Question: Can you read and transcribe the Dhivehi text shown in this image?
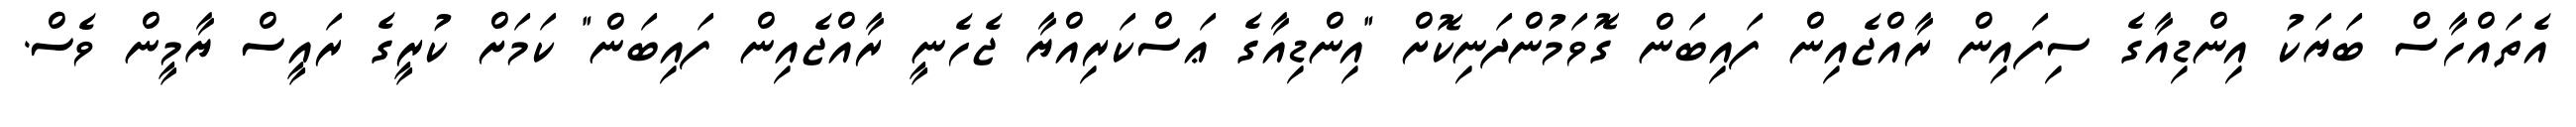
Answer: އެތައްހާސް ބަޔަކު އިންޑިއާގެ ސިފައިން ރާއްޖެއިން ފައިބަން ގޮވަމުންދަނިކޮށް "އިންޑިއާގެ ޢަސްކަރިއްޔާ ޖެހެނީ ރާއްޖެއިން ފައިބަން" ކަމަށް ކުރީގެ ރައީސް ޔާމީން ވެސް.